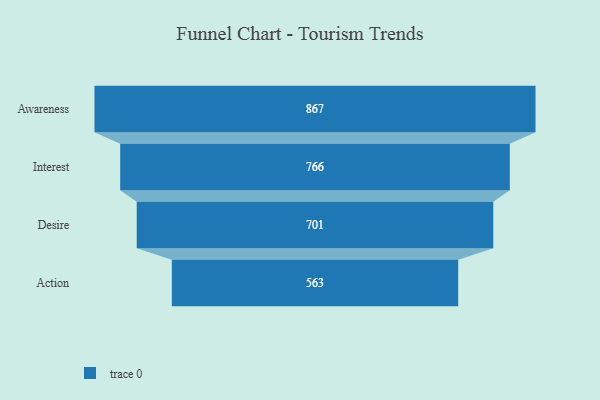
{"axis": {"x": "Stage", "y": "Value"}, "legend": [""], "data": [{"x": "Awareness", "y": 867.0, "type": ""}, {"x": "Interest", "y": 766.0, "type": ""}, {"x": "Desire", "y": 701.0, "type": ""}, {"x": "Action", "y": 563.0, "type": ""}]}